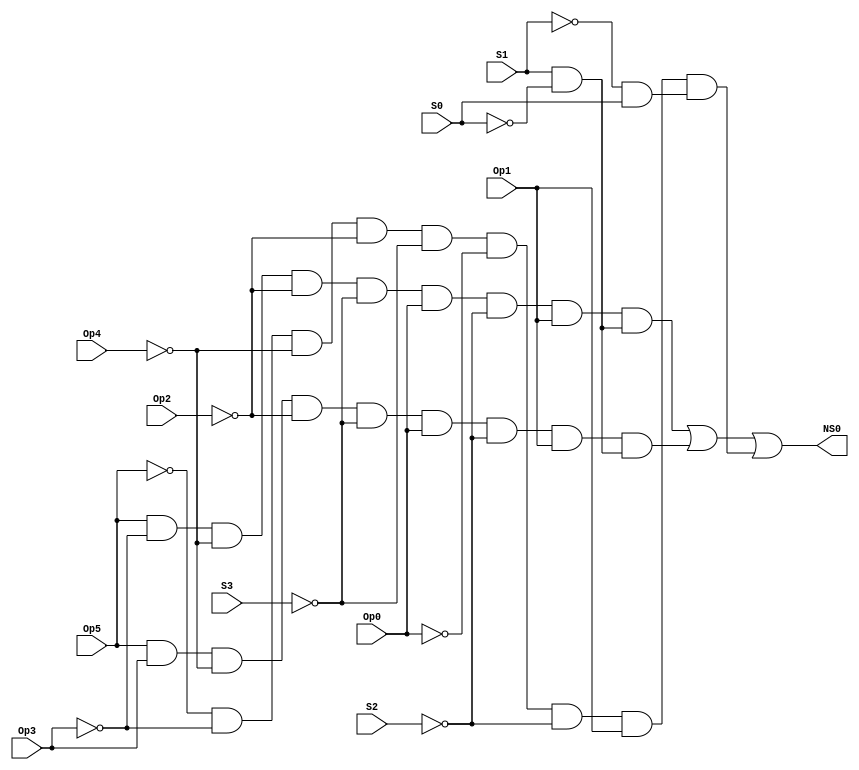
// Copyright (C) 2018  Intel Corporation. All rights reserved.
// Your use of Intel Corporation's design tools, logic functions 
// and other software and tools, and its AMPP partner logic 
// functions, and any output files from any of the foregoing 
// (including device programming or simulation files), and any 
// associated documentation or information are expressly subject 
// to the terms and conditions of the Intel Program License 
// Subscription Agreement, the Intel Quartus Prime License Agreement,
// the Intel FPGA IP License Agreement, or other applicable license
// agreement, including, without limitation, that your use is for
// the sole purpose of programming logic devices manufactured by
// Intel and sold by Intel or its authorized distributors.  Please
// refer to the applicable agreement for further details.

// PROGRAM		"Quartus Prime"
// VERSION		"Version 18.1.0 Build 625 09/12/2018 SJ Lite Edition"
// CREATED		"Thu Nov 05 11:46:11 2020"

module NS0(
	Op5,
	Op4,
	Op3,
	Op2,
	Op1,
	Op0,
	S3,
	S2,
	S1,
	S0,
	NS0
);


input wire	Op5;
input wire	Op4;
input wire	Op3;
input wire	Op2;
input wire	Op1;
input wire	Op0;
input wire	S3;
input wire	S2;
input wire	S1;
input wire	S0;
output wire	NS0;

wire	SYNTHESIZED_WIRE_28;
wire	SYNTHESIZED_WIRE_29;
wire	SYNTHESIZED_WIRE_30;
wire	SYNTHESIZED_WIRE_31;
wire	SYNTHESIZED_WIRE_32;
wire	SYNTHESIZED_WIRE_5;
wire	SYNTHESIZED_WIRE_33;
wire	SYNTHESIZED_WIRE_7;
wire	SYNTHESIZED_WIRE_8;
wire	SYNTHESIZED_WIRE_9;
wire	SYNTHESIZED_WIRE_10;
wire	SYNTHESIZED_WIRE_16;
wire	SYNTHESIZED_WIRE_17;
wire	SYNTHESIZED_WIRE_18;
wire	SYNTHESIZED_WIRE_19;
wire	SYNTHESIZED_WIRE_20;
wire	SYNTHESIZED_WIRE_21;
wire	SYNTHESIZED_WIRE_26;




assign	SYNTHESIZED_WIRE_21 =  ~Op5;

assign	SYNTHESIZED_WIRE_29 =  ~Op4;

assign	SYNTHESIZED_WIRE_7 = Op5 & SYNTHESIZED_WIRE_28 & SYNTHESIZED_WIRE_29 & SYNTHESIZED_WIRE_30 & SYNTHESIZED_WIRE_31 & Op0 & SYNTHESIZED_WIRE_32 & Op1;

assign	SYNTHESIZED_WIRE_10 = SYNTHESIZED_WIRE_5 & S0;

assign	SYNTHESIZED_WIRE_8 = S1 & SYNTHESIZED_WIRE_33;

assign	SYNTHESIZED_WIRE_18 = SYNTHESIZED_WIRE_7 & SYNTHESIZED_WIRE_8;

assign	SYNTHESIZED_WIRE_20 = SYNTHESIZED_WIRE_9 & SYNTHESIZED_WIRE_10;

assign	SYNTHESIZED_WIRE_16 = Op5 & Op3 & SYNTHESIZED_WIRE_29 & SYNTHESIZED_WIRE_30 & SYNTHESIZED_WIRE_31 & Op0 & SYNTHESIZED_WIRE_32 & Op1;

assign	SYNTHESIZED_WIRE_17 = S1 & SYNTHESIZED_WIRE_33;

assign	SYNTHESIZED_WIRE_19 = SYNTHESIZED_WIRE_16 & SYNTHESIZED_WIRE_17;

assign	NS0 = SYNTHESIZED_WIRE_18 | SYNTHESIZED_WIRE_19 | SYNTHESIZED_WIRE_20;

assign	SYNTHESIZED_WIRE_28 =  ~Op3;

assign	SYNTHESIZED_WIRE_30 =  ~Op2;

assign	SYNTHESIZED_WIRE_26 =  ~Op0;

assign	SYNTHESIZED_WIRE_31 =  ~S3;

assign	SYNTHESIZED_WIRE_32 =  ~S2;

assign	SYNTHESIZED_WIRE_5 =  ~S1;

assign	SYNTHESIZED_WIRE_33 =  ~S0;

assign	SYNTHESIZED_WIRE_9 = SYNTHESIZED_WIRE_21 & SYNTHESIZED_WIRE_28 & SYNTHESIZED_WIRE_29 & SYNTHESIZED_WIRE_30 & SYNTHESIZED_WIRE_31 & SYNTHESIZED_WIRE_26 & SYNTHESIZED_WIRE_32 & Op1;


endmodule